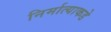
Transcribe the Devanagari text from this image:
निर्मात्याकडे